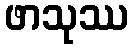
ဖာသုဿ